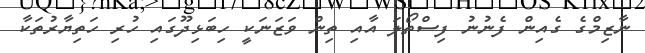
ނާޒިމްގެ ގެއިން ފެނުނު ފިސްތޯލަ އާއި ތިން ވަޒަނަކީ ހިބަޅިދޫގައި ހުރި ހަތިޔާރުތަކާ